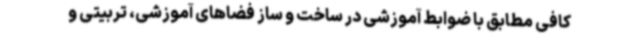
کافی مطابق با ضوابط آموزشی در ساخت و ساز فضاهای آموزشی، تربیتی و